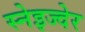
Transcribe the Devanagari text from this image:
स्नेइज्देर